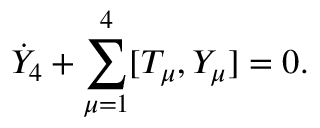
\dot { Y } _ { 4 } + \sum _ { \mu = 1 } ^ { 4 } [ T _ { \mu } , Y _ { \mu } ] = 0 .